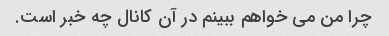
چرا من می خواهم ببینم در آن کانال چه خبر است.